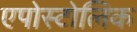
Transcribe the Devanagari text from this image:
एपोस्टोलिक